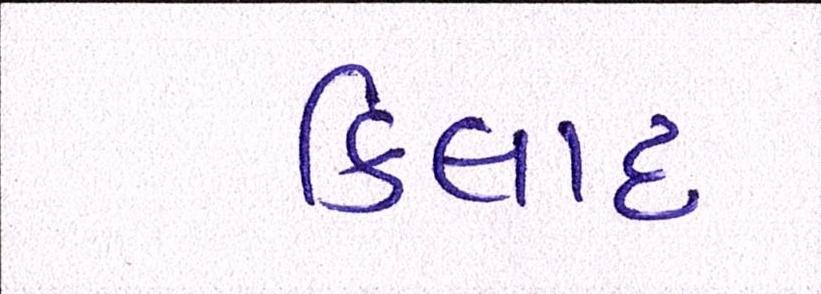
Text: કિલાદ